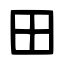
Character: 田